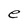
Character: e